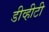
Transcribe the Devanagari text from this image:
डीव्हीटी